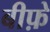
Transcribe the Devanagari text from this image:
बीफ़े